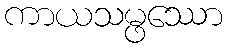
ကာယသမ္ဖဿော